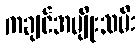
ကချင်အမျိုးသမီး